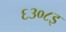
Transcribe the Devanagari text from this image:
६३०८इ